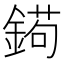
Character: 𨩦